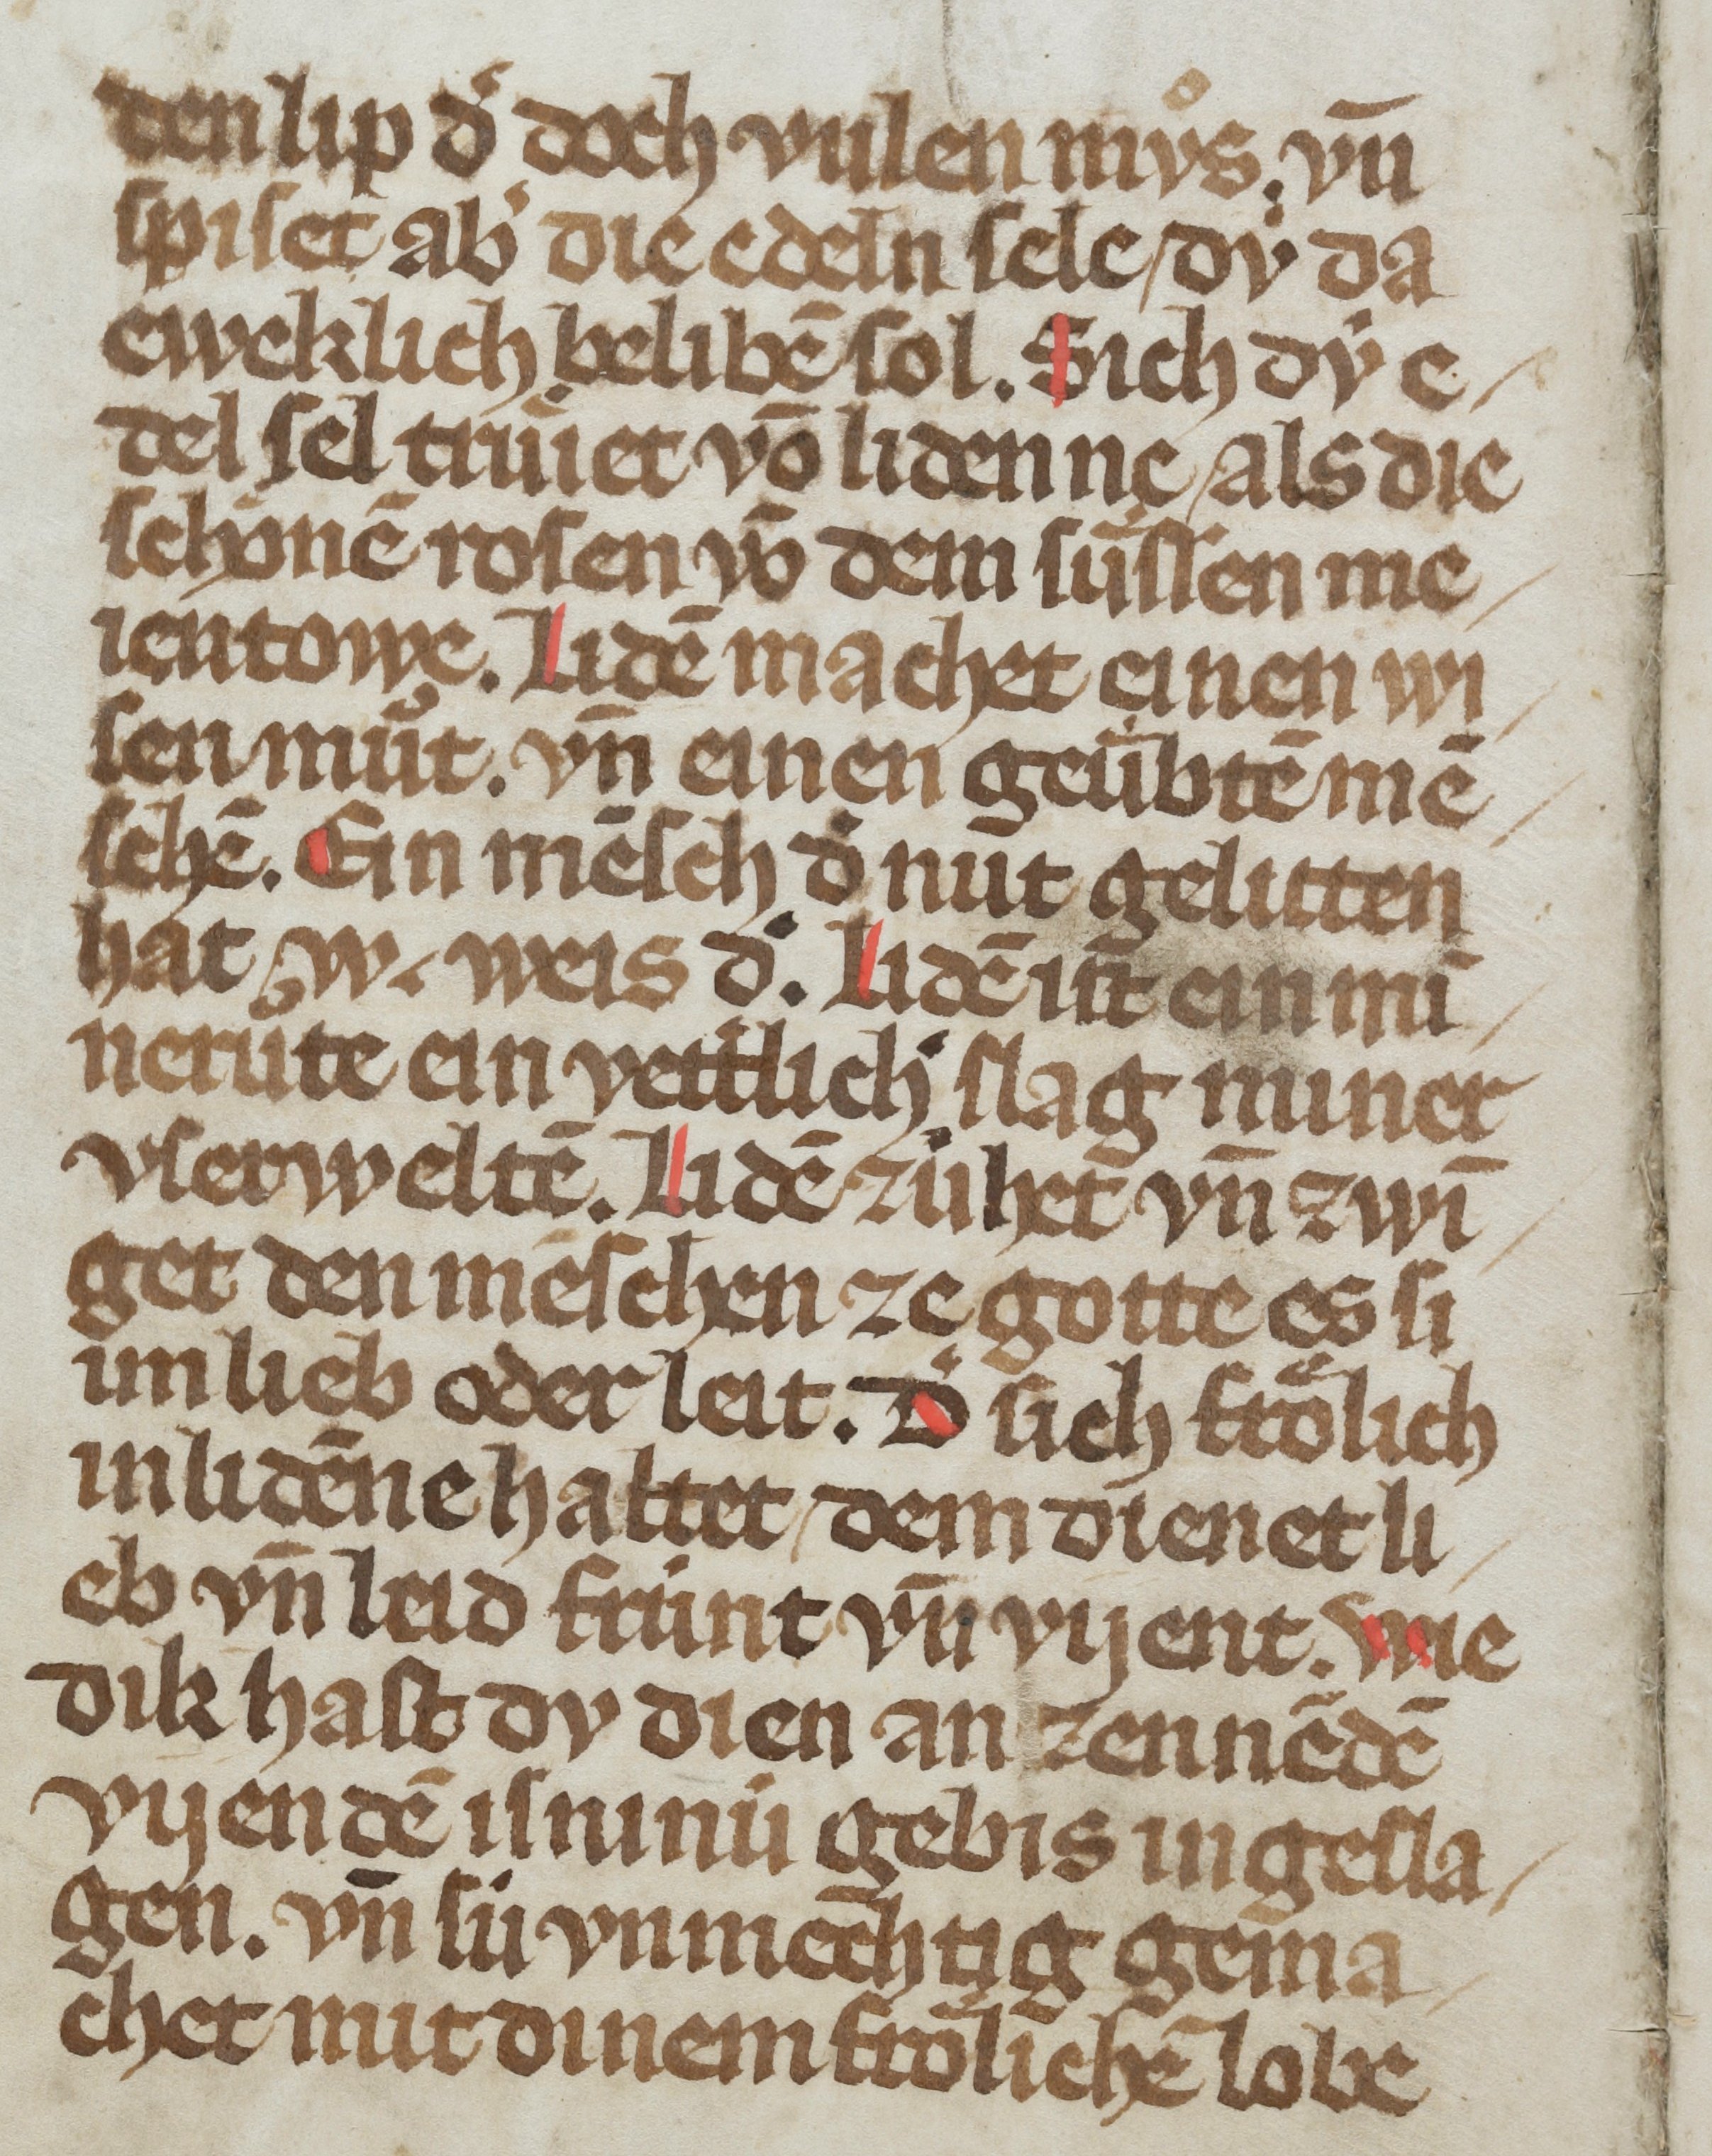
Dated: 1300–1399